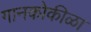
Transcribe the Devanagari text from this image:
गानकोकीळा